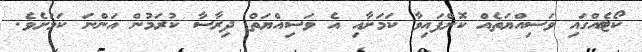
ކޯޓެއްގައި ވަސިއްޔަތެއް ކޮށްފައިވާ ކަމަށާއި އެ ވަސިއްޔަތް ދިރާސާ ކުރަމުން އަންނަ ކަމަށެވެ.